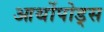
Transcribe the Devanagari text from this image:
आर्थोपोड्स